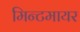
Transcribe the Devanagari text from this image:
मिन्टमायर